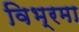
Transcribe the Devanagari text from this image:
विभ्रमा